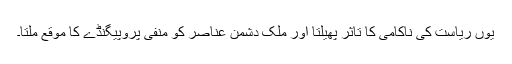
یوں ریاست کی ناکامی کا تاثر پھیلتا اور ملک دشمن عناصر کو منفی پروپیگنڈے کا موقع ملتا۔